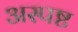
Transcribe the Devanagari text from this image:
अस्पष्ट